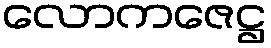
လောကဇေဋ္ဌ